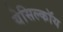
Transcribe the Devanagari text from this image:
येसिल्कॉय